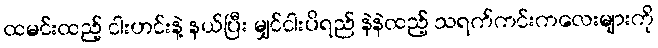
ထမင်းထည့် ငါးဟင်းနဲ့ နယ်ပြီး မျှင်ငါးပိရည် နဲနဲထည့် သရက်ကင်းကလေးများကို